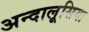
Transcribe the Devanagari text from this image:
अन्दालूसिया